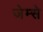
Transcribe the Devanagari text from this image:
जेम्से